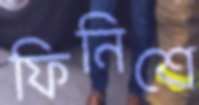
ফিনিশে